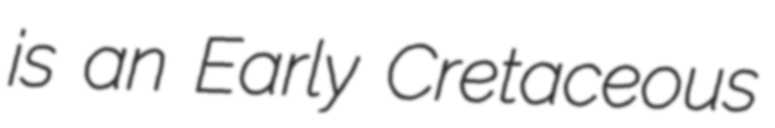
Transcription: is an Early Cretaceous